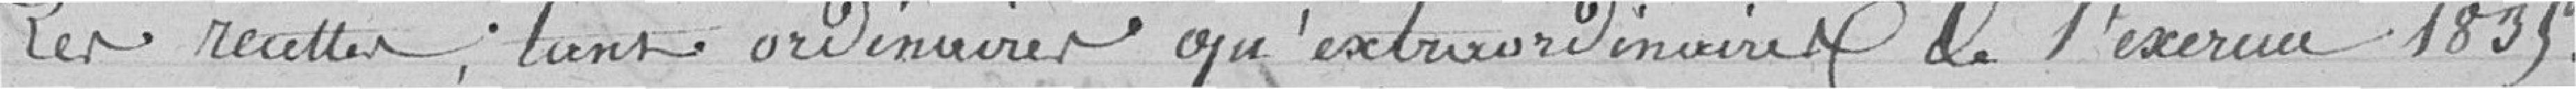
Les recettes, tant ordinaires qu'extraordinaires de l'exercice 1835